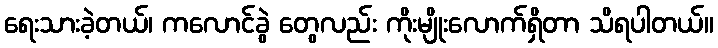
ရေးသားခဲ့တယ်၊ ကလောင်ခွဲ တွေလည်း ကိုးမျိုးလောက်ရှိတာ သိရပါတယ်။